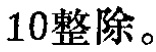
$10整除。$